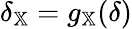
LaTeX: \delta_{\mathbb{X}}=g_{\mathbb{X}}(\delta)